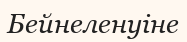
Бейнеленуіне